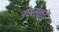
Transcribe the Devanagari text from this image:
उष्मकों